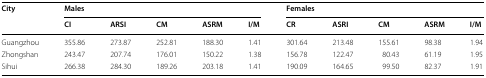
| <ROWSPAN=2> City | <COLSPAN=5> Males | <COLSPAN=5> Females |
 | CI | ARSI | CM | ASRM | I/M | CR | ASRI | CM | ASRM | I/M |
 | --- | --- | --- | --- | --- | --- | --- | --- | --- | --- | --- |
 | Guangzhou | 355.86 | 273.87 | 252.81 | 188.30 | 1.41 | 301.64 | 213.48 | 155.61 | 98.38 | 1.94 |
 | Zhongshan | 243.47 | 207.74 | 176.01 | 150.22 | 1.38 | 156.78 | 122.47 | 80.43 | 61.19 | 1.95 |
 | Sihui | 266.38 | 284.30 | 189.26 | 203.18 | 1.41 | 190.09 | 164.65 | 99.50 | 82.37 | 1.91 |